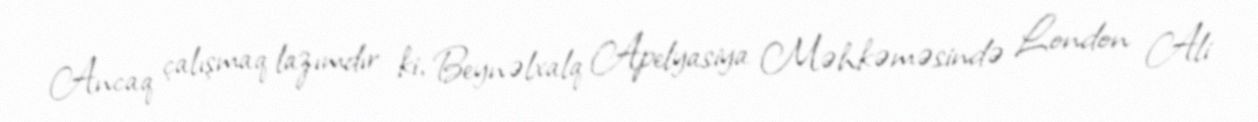
Ancaq çalışmaq lazımdır ki, Beynəlxalq Apelyasiya Məhkəməsində London Ali